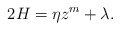
\begin{align*}2H=\eta z^m+\lambda.\end{align*}